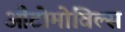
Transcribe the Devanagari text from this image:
औटोमोविल्स